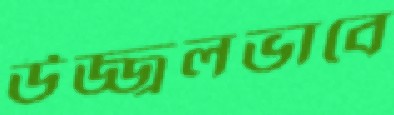
উজ্জ্বলভাবে